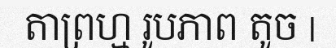
តាព្រហ្ម រូបភាព តូច |